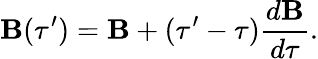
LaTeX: \mathbf{B}(\tau^{\prime})=\mathbf{B}+(\tau^{\prime}-\tau)\frac{{d\mathbf{B}}}{{d\tau}}.